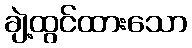
ချဲ့ထွင်ထားသော